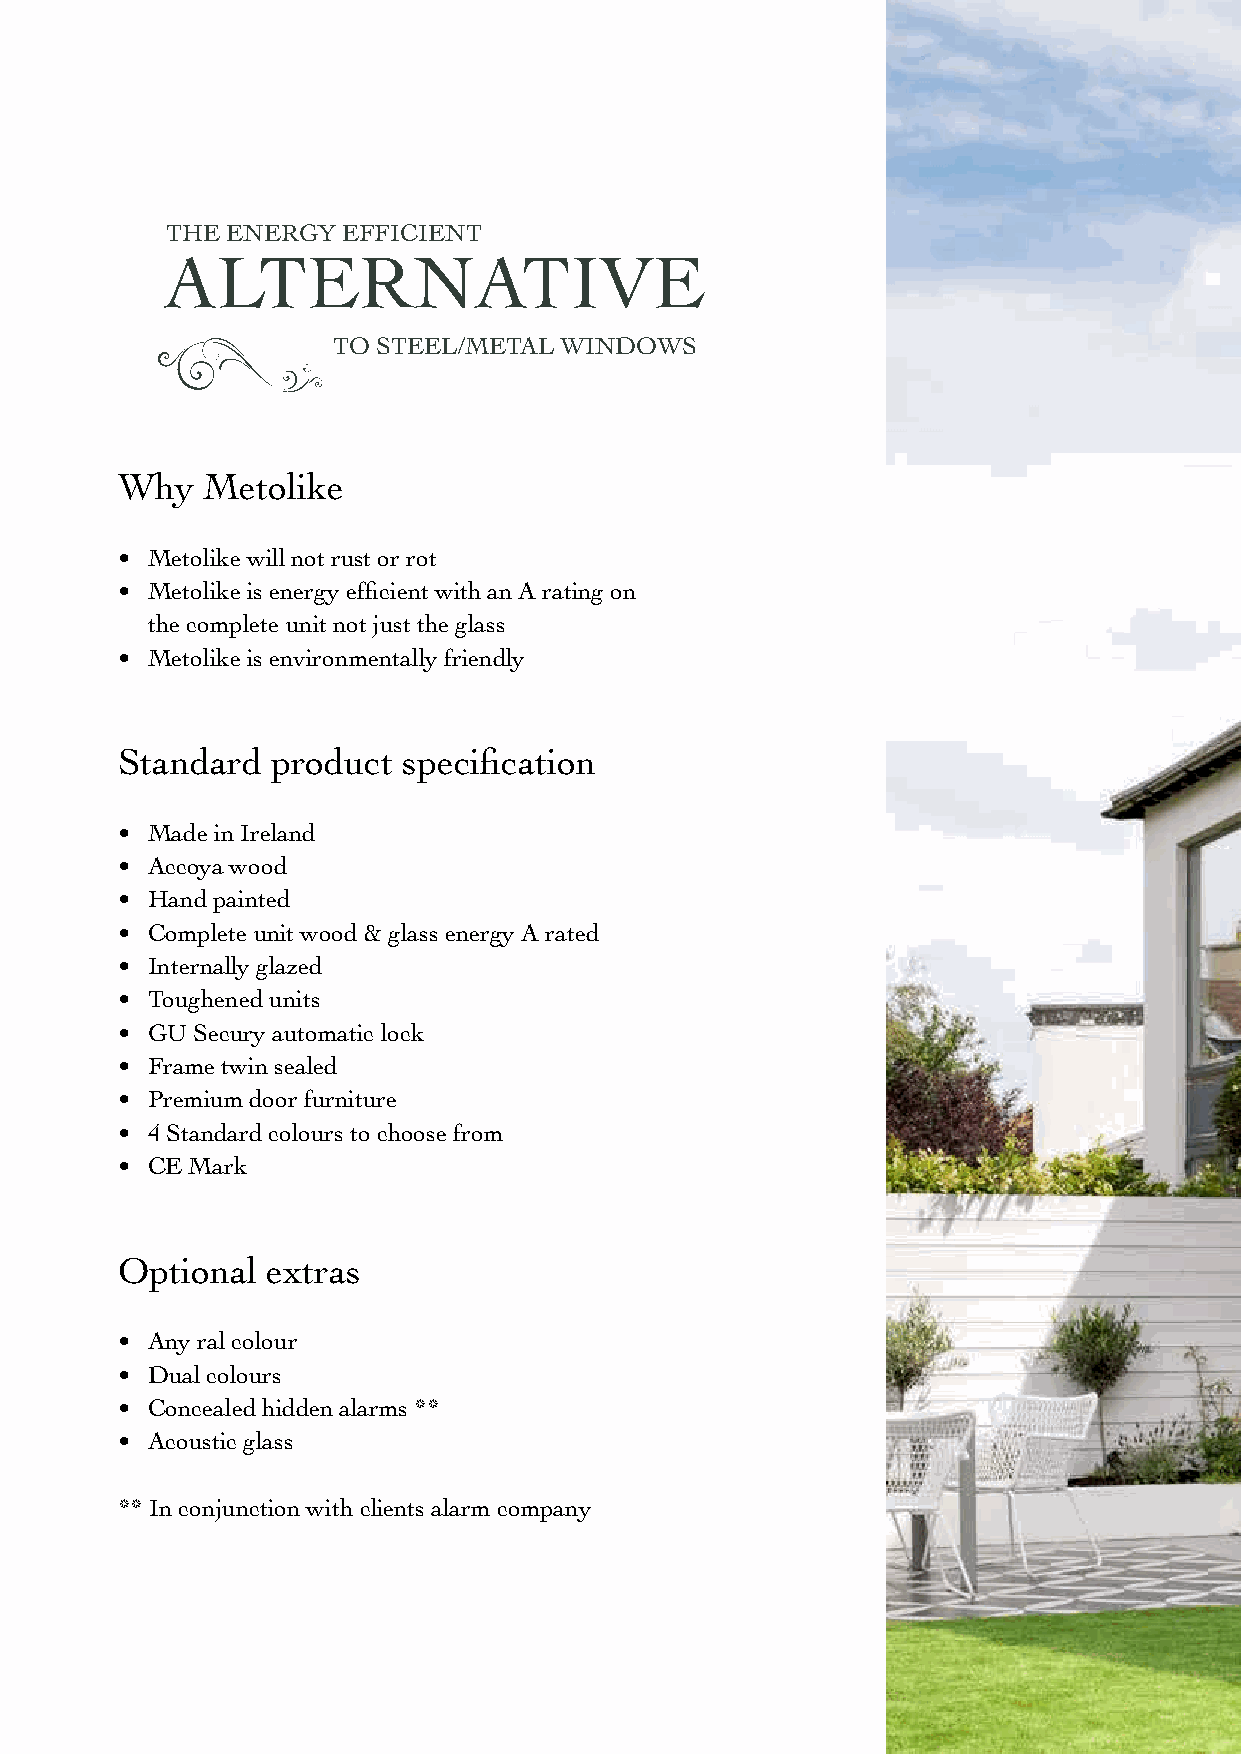
THE ENERGY  EFFICIENT
 ALTERNATIVE
 TO STEEL/METAL WINDOWS
 Why  Metolike
 • Metolike will not rust or rot
 • Metolike is energy efficient with an A rating on
 the complete unit not just the glass
 • Metolike is environmentally friendly
 Standard  product  specification
 • Made in Ireland
 • Accoya wood
 • Hand painted
 • Complete unit wood & glass energy A rated
 • Internally glazed
 • Toughened units
 • GU Secury automatic lock
 • Frame twin sealed
 • Premium door furniture
 • 4 Standard colours to choose from
 • CE Mark
 Optional  extras
 • Any ral colour
 • Dual colours
 • Concealed hidden alarms **
 • Acoustic glass
 ** In conjunction with clients alarm company